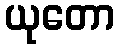
ယုတော